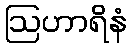
ဩဟာရိနံ